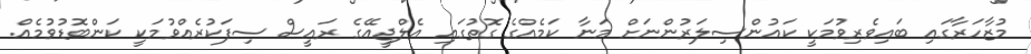
މުޒާހަރާގައި ބައިވެރިވުމަކީ ކައުންސިލަރުންނަށް މަނާ ކަމެއްގެ ގޮތުގައި އެލްޖީއޭގެ ރައީސް ސިފަކުރެއްވުމަކީ ކަންބޮޑުވުމެއް.